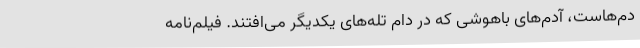
دم‌هاست، آدم‌های باهوشی که در دام تله‌های یکدیگر می‌افتند. فیلم‌نامه